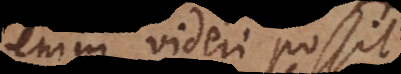
enim videri possit